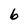
Character: 6